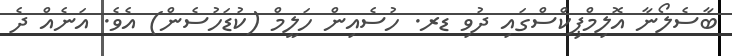
ބާސެލޯނާ އޮލިމްޕިކްސްގައި ދުވި ޑރ. ހުސެއިން ހަލީމް (ކުޑަހުސެން) އެވެ. އަނެއް ދެ